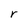
Character: r